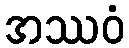
အဿဝံ